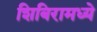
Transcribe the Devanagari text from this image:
शिबिरामध्ये